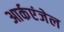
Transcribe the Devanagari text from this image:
आर्कएंजेल